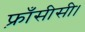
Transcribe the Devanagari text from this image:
फ़्राँसीसी।